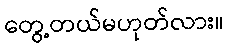
တွေ့တယ်မဟုတ်လား။